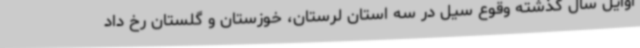
اوایل سال گذشته وقوع سیل در سه استان لرستان، خوزستان و گلستان رخ داد